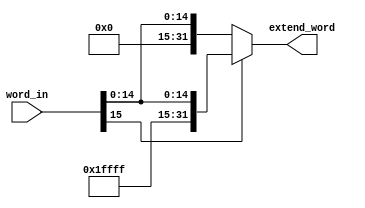
`timescale 1ns / 1ps
//////////////////////////////////////////////////////////////////////////////////
// Company: 
// Engineer: 
// 
// Design Name: 
// Module Name: sign_extend
// Project Name: 
// Target Devices: 
// Tool Versions: 
// Description: 
// 
// Dependencies: 
// 
// Revision:
// Revision 0.01 - File Created
// Additional Comments:
// 
//////////////////////////////////////////////////////////////////////////////////


module sign_extend(word_in, extend_word);

// Entrada a modulo
input [15:0] word_in; // palabra de entrada

// Salidas de modulo
output [31:0] extend_word; // palabra extendida

// Extencion de palabra (tiene en cuenta el signo negativo)
assign extend_word = (word_in[15]==0) ? {16'b0000000000000000, word_in}: {16'b1111111111111111, word_in};

endmodule